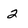
Character: 2